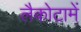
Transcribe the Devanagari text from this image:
लैकोटामें